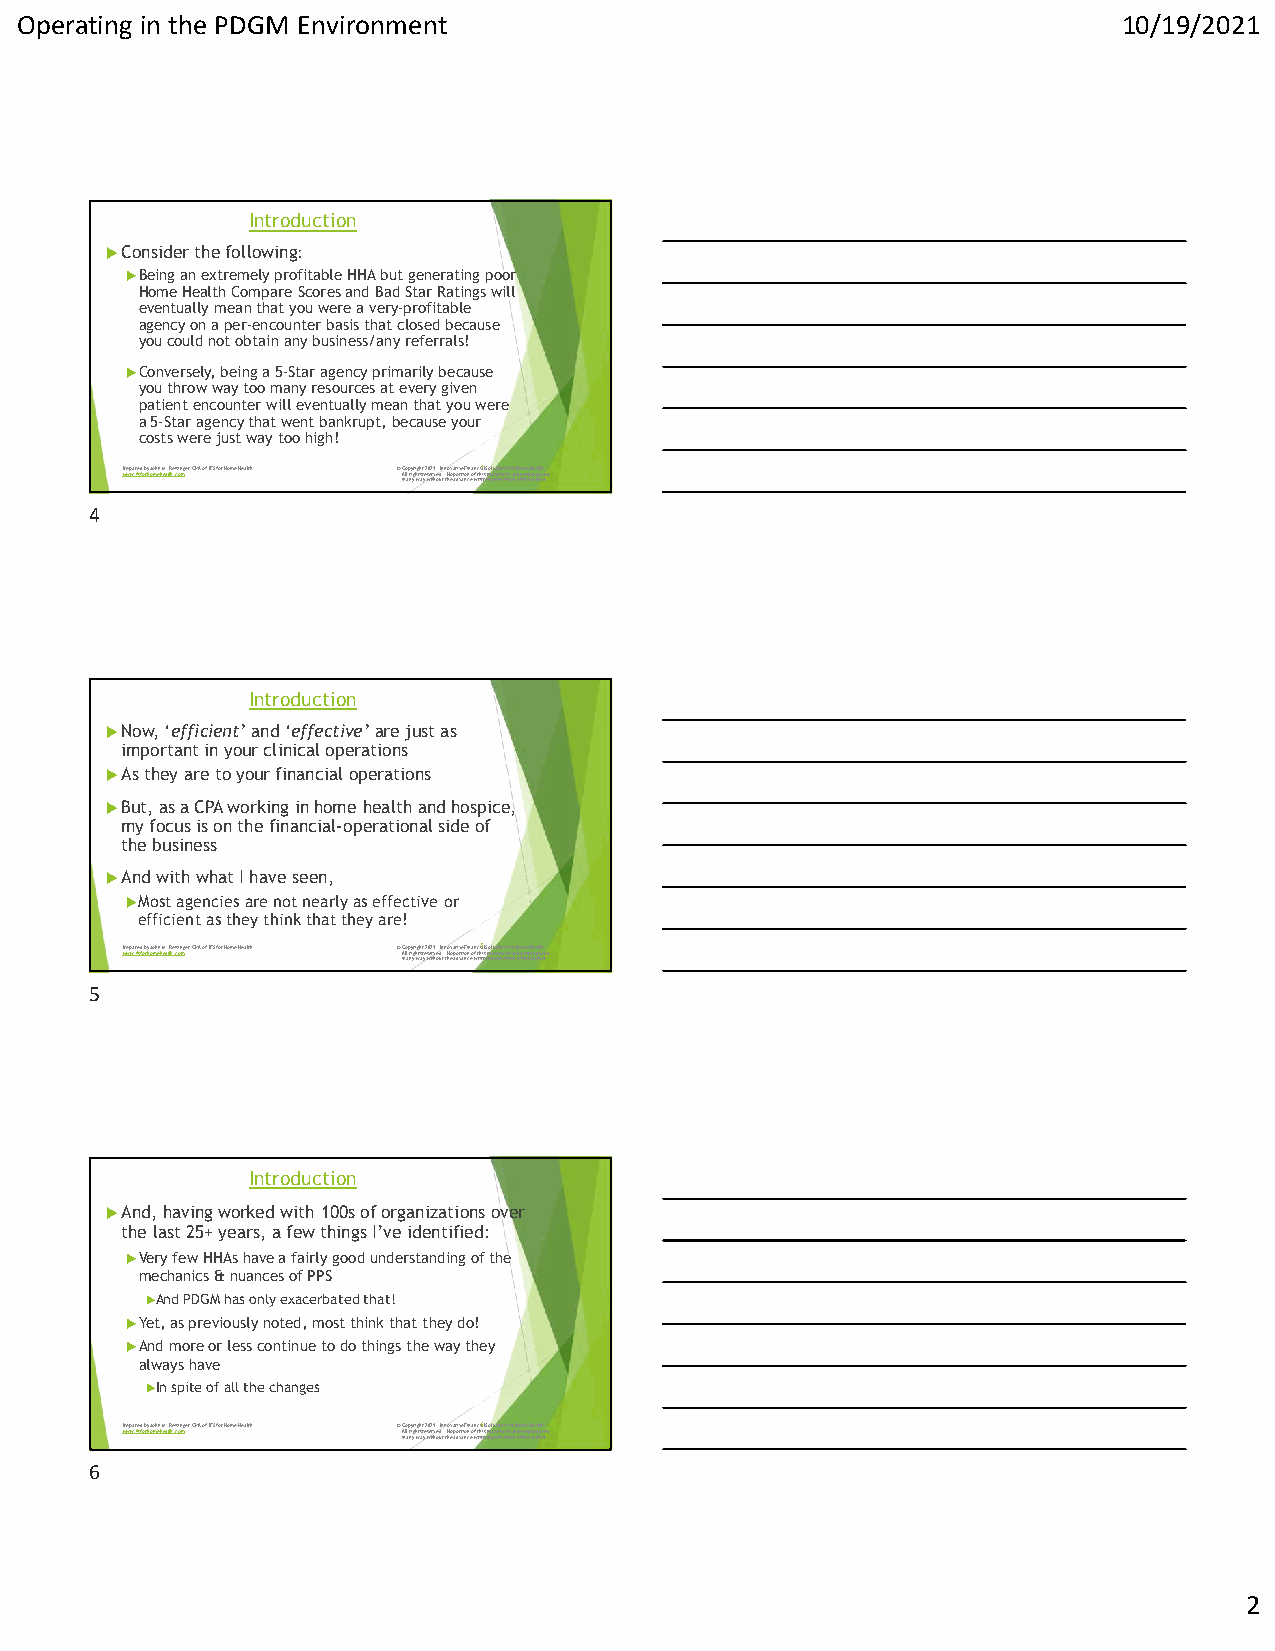
Operating in the PDGM Environment                                        10/19/2021
 Introduction
 Consider the following:
 Being an extremely profitable HHA but generating poor
 Home Health Compare Scores and Bad Star Ratings will
 eventually mean that you were a very-profitable
 agency on a per-encounter basis that closed because
 you could not obtain any business/any referrals!
 Conversely, being a 5-Star agency primarily because
 you throw way too many resources at every given
 patient encounter will eventually mean that you were
 a 5-Star agency that went bankrupt, because your
 costs were just way too high!
 Pwrwepwa.rifesdfo bryh oJmohenh Mea. lRthe.icsoinmger, CPA of IFS for Home Health © AiC nlo la prnyigyrhi wgthsa try e2 w0se2 itr1 hv. oe udIn t.n t No hv eoa patodivrvetai Fonincn e oa wfn ctrhi ia4 titls e Smno al puteteriro minaisls sfmo ioar n yH o bo fem t hreee Hp are uoa tdl htuh ocre.d
 4
 Introduction
 Now, ‘efficient’and ‘effective’are just as
 important in your clinical operations
 As they are to your financial operations
 But, as a CPA working in home health and hospice,
 my focus is on the financial-operational side of
 the business
 And with what I have seen,
 Most agencies are not nearly as effective or
 efficient as they think that they are!
 Pwrwepwa.rifesdfo bryh oJmohenh Mea. lRthe.icsoinmger, CPA of IFS for Home Health © AiC nlo la prnyigyrhi wgthsa try e2 w0se2 itr1 hv. oe udIn t.n t No hv eoa patodivrvetai Fonincn e oa wfn ctrhi ia5 titls e Smno al puteteriro minaisls sfmo ioar n yH o bo fem t hreee Hp are uoa tdl htuh ocre.d
 5
 Introduction
 And, having worked with 100s of organizations over
 the last 25+ years, a few things I’ve identified:
 Very few HHAs have a fairly goodunderstanding of the
 mechanics & nuances of PPS
 And PDGM has only exacerbated that!
 Yet, as previously noted, most think that they do!
 And more or less continueto do things the way they
 always have
 In spite ofall the changes
 Pwrwepwa.rifesdfo bryh oJmohenh Mea. lRthe.icsoinmger, CPA of IFS for Home Health © AiC nlo la prnyigyrhi wgthsa try e2 w0se2 itr1 hv. oe udIn t.n t No hv eoa patodivrvetai Fonincn e oa wfn ctrhi ia6 titls e Smno al puteteriro minaisls sfmo ioar n yH o bo fem t hreee Hp are uoa tdl htuh ocre.d
 6
 2